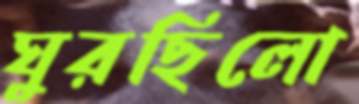
ঘুরছিলো